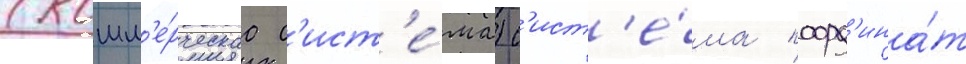
(комм'е́рческаа с'ист'е́ма) с'ист'е́ма коорд'ина́т